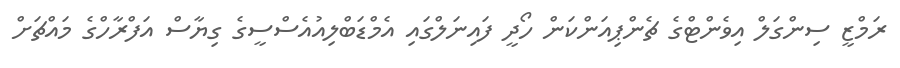
ރަމްޒީ ސިންގަލް އިވެންޓްގެ ޗެންޕިއަންކަން ހޯދީ ފައިނަލްގައި އެމްޑަބްލިއުއެސްސީގެ ގިޔާސް އަފްރާހްގެ މައްޗަށް